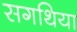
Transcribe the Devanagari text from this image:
सगथिया